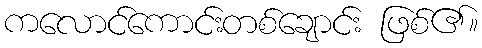
ကလောင်ကောင်းတစ်ချောင်း ဖြစ်၏။